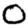
Digit: 0